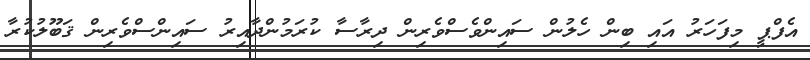
އެފްޕީ މިފަހަރު އައި ބިން ހެލުން ސައިންވެސްވެރިން ދިރާސާ ކުރަމުންދާއިރު ސައިންސްވެރިން ޤަބޫލުކުރާ